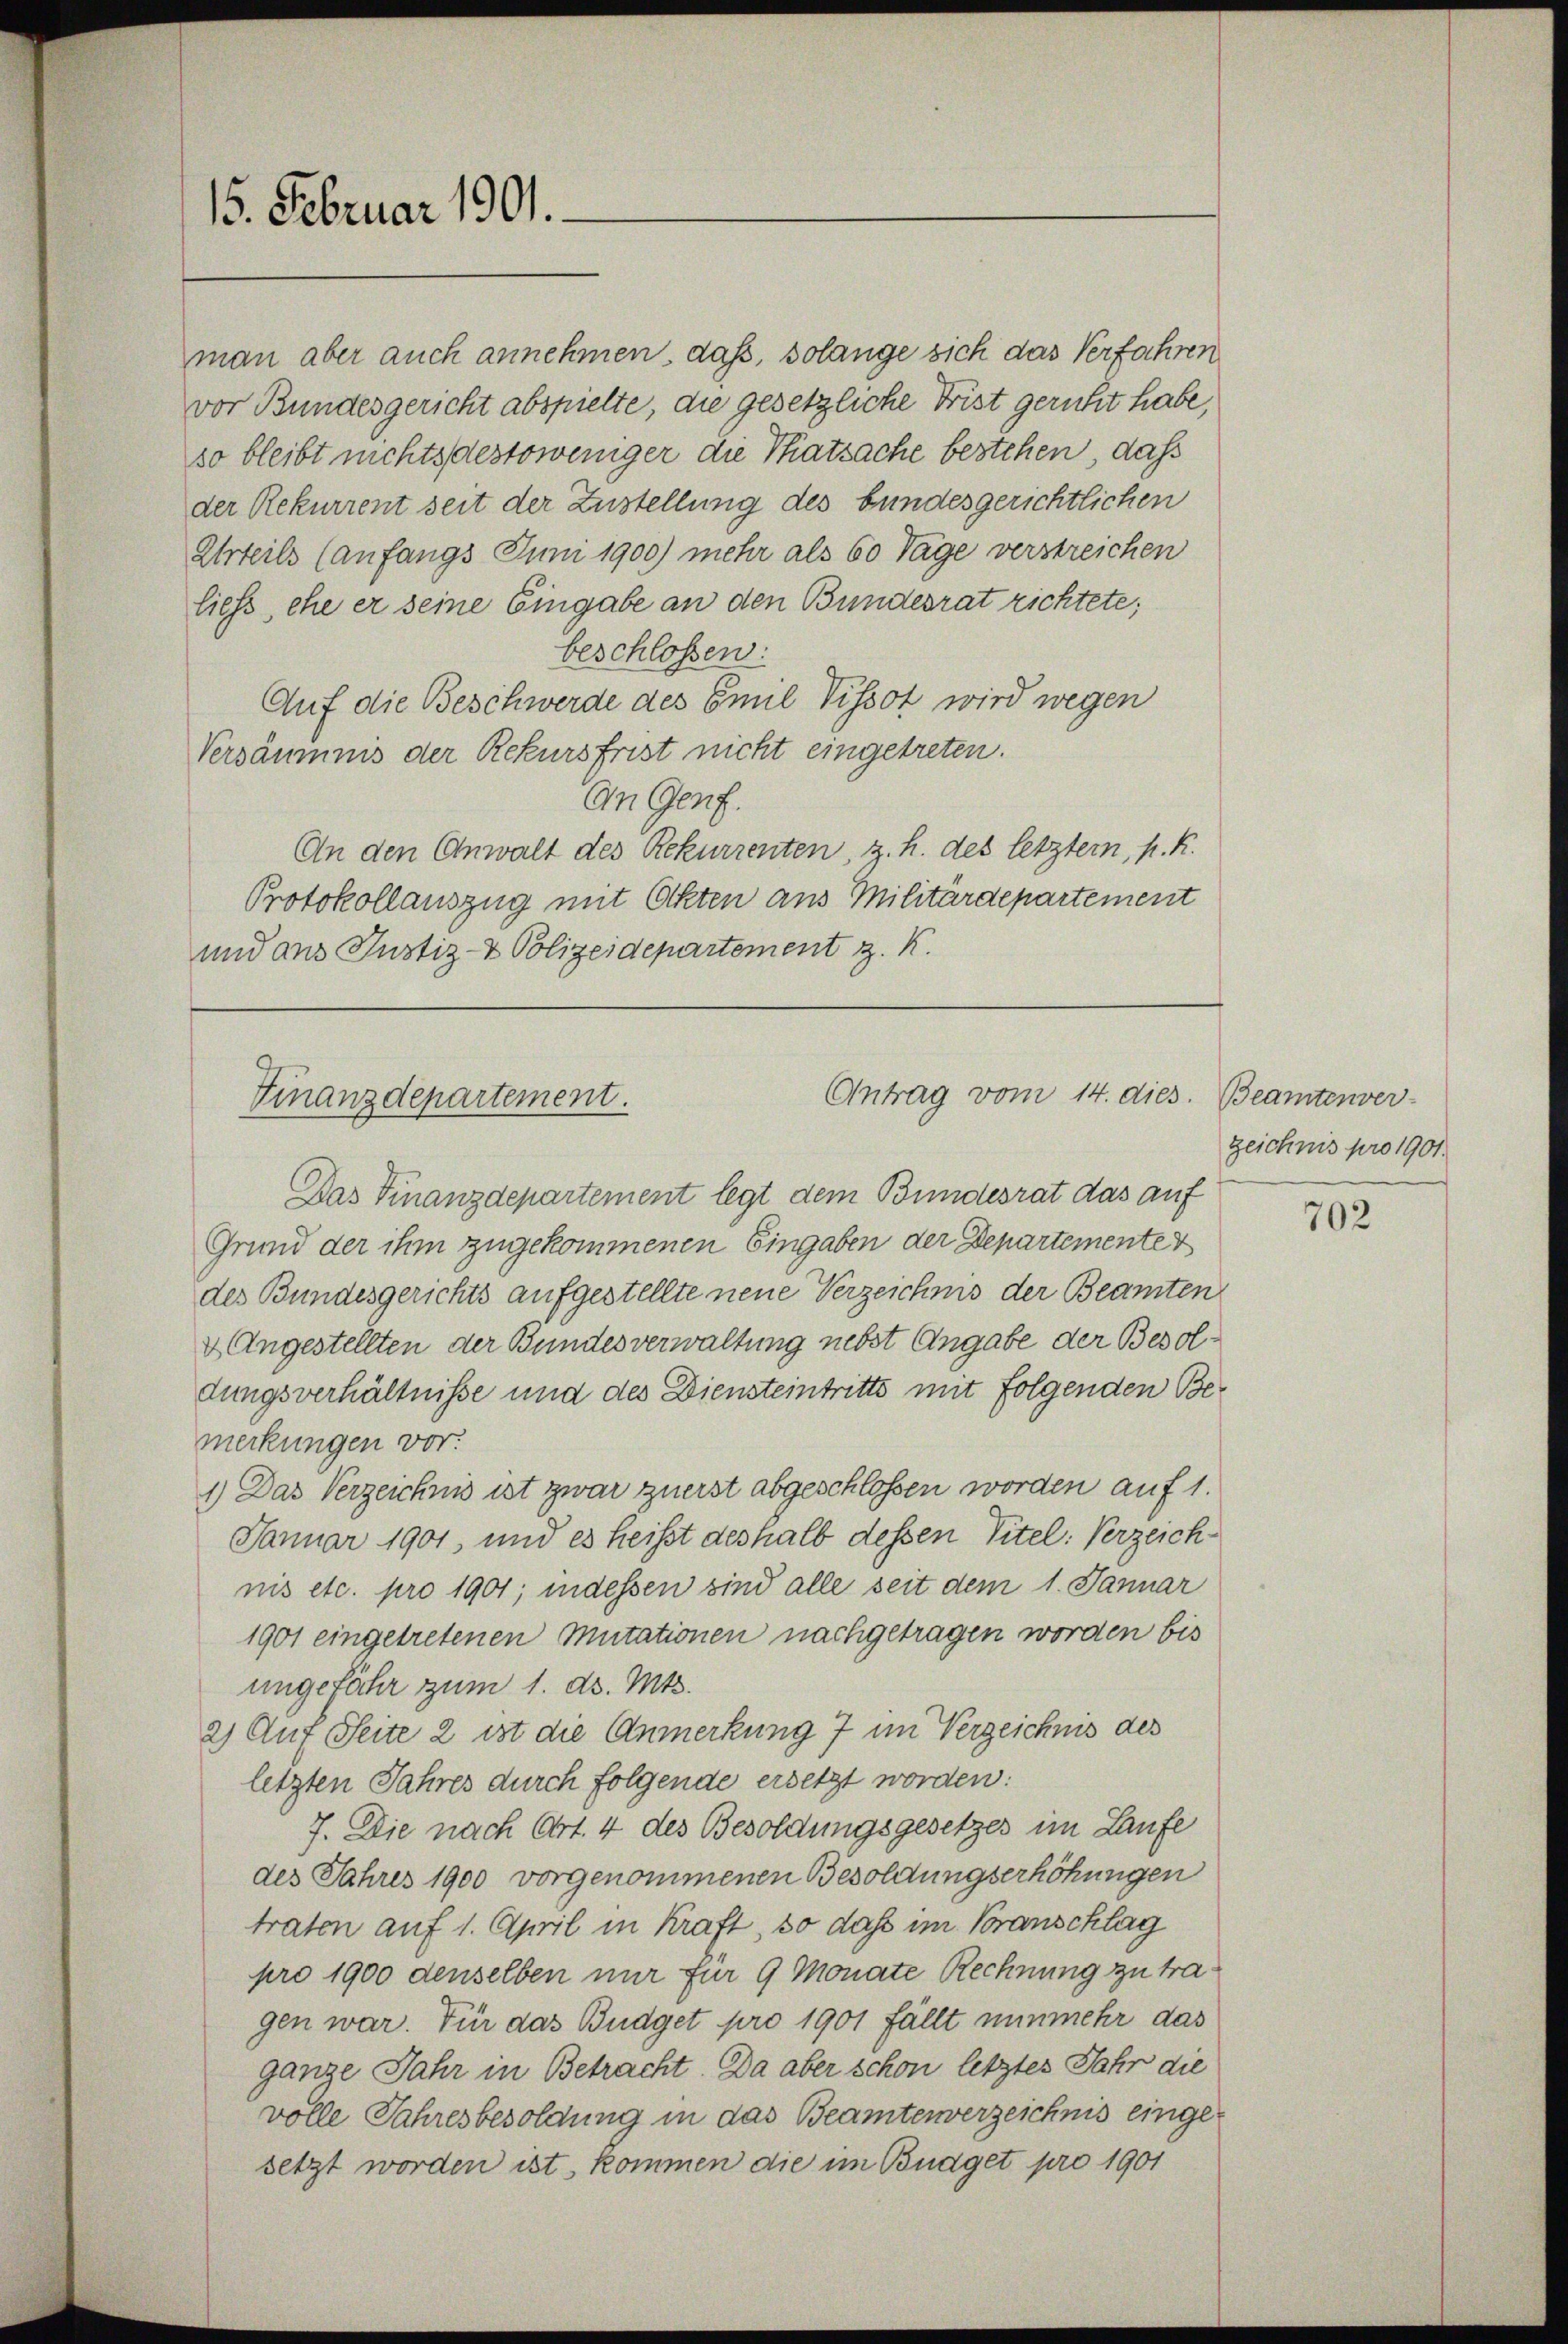
15. Februar 1901.

man aber auch annehmen, daß, solange sich das Verfahren
vor Bundesgericht abspielte, die gesetzliche Frist gericht habe,
so bleibt nichtsdestoweniger die Thatsache bestehen, dass
der Rekurrent seit der Zustellung des bundesgerichtlichen
Urteils (anfangs Juni 1900) mehr als 60 Tage verstreichen
liess, ehe er seine Eingabe an den Bundesrat richtete;
beschlossen:
Auf die Beschwerde des Emil Tissot wird wegen
Versäumus der Rekursfrist nicht eingetreten.
An Genf.
An den Anwalt des Rekurrenten, z. h. des letztem, k. k.
Protokollauszug mit Okten aus Militärdepartement
und aus Justiz- & Polizeidepartement z. K.

Antrag vom 14. dies. Beamtenver-
Finanzdepartement.

Das Finanzdepartement legt dem Bundesrat das auf
Grund der ihm zugekommenen Eingaben der Departemente
des Bundesgerichts aufgestellte neue Verzeichnis der Beamten
& Angestellten der Bundesverwaltung nebst Angabe der Besoldungsverhältnisse und des Diensteintritts mit folgenden Bemerkungen vor.
1) Das Verzeichnis ist zwar zuerst abgeschlossen worden auf 1.
Januar 1901, und es heißt deshalb dessen Titel: Verzeichnis etc. pro 1901; indessen sind alle seit dem 1. Januar
1901 eingetretenen Mutationen nachgetragen worden bis
ungefähr zum 1. d. Mts.
2) Auf Seite 2 ist die Anmerkung 7 im Verzeichnis des
letzten Jahres durch folgende ersetzt worden:
7. Die nach Art. 4 des Besoldungsgesetzes im Laufe
des Jahres 1900 vorgenommenen Besoldungserhöhungen
traten auf 1. April in Kraft, so dass im Voranschlag
pro 1900 denselben nur für 9 Monate Rechnung zu tragen war. Für das Budget pro 1901 fällt nunmehr das
ganze Jahr in Betracht. Da aber schon letztes Jahr die
volle Jahresbesoldung in das Beamtenverzeichnis eingesetzt worden ist, kommen die im Budget pro 1901

zeichnis pro 1901.

702